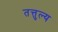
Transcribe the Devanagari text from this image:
तत्तुल्य